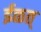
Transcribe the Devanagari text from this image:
ईळत्